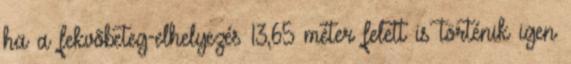
ha a fekvõbeteg-elhelyezés 13,65 méter felett is történik igen